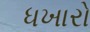
ધખારો